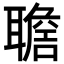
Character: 𦗯